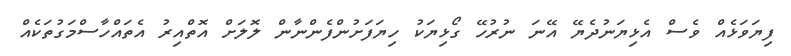
ފިޔަވަޅެއް ވެސް އެޅިޔަނުދެޔޭ އޭނަ ނުރުހޭ ގޯޅިޔަކު ހިޔަފަށުންފެންނާން ލޮލަށް އޮތްއިރު އެތައްހާސްމަގުތަކެއް